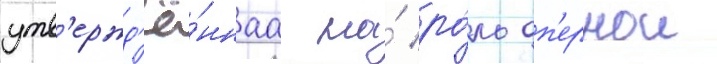
утв'ержд'ё́ннаа на́ ро́ль оп'ернои